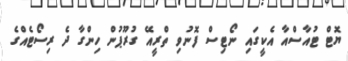
ޔޮޓް ޓުއާސްއާ އެކީގައި ނޯޓިސް ފޮނުވި ތްރީއޭ ގުރޫޕުން ހިންގާ ދެ ރިސޯޓެއްގެ